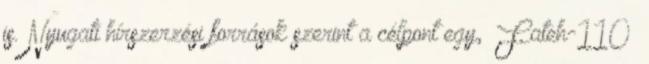
is. Nyugati hírszerzési források szerint a célpont egy, ’Fateh-110’